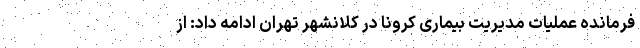
فرمانده عملیات مدیریت بیماری کرونا در کلانشهر تهران ادامه داد: از